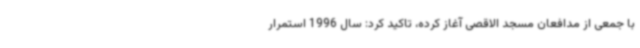
با جمعی از مدافعان مسجد الاقصی آغاز کرده، تاکید کرد: سال 1996 استمرار